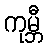
ကုမ္ဘီ